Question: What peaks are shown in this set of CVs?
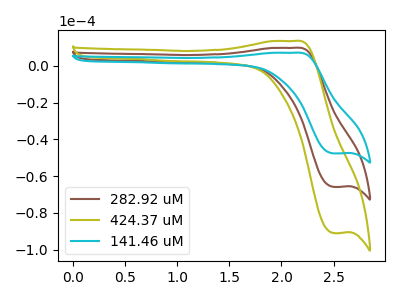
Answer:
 <answer>The brown curve "282.92 uM" has an anodic peak at (2.10V, 9.70uA) and a cathodic peak at (2.50V, -65.85uA). The olive curve "424.37 uM" has an anodic peak at (2.10V, 19.45uA) and a cathodic peak at (2.50V, -131.70uA). The cyan curve "141.46 uM" has an anodic peak at (2.10V, 7.05uA) and a cathodic peak at (2.50V, -47.70uA).</answer>
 <eval></eval>